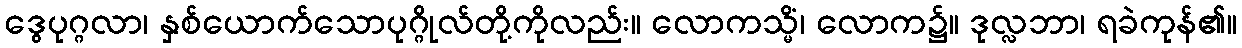
ဒွေပုဂ္ဂလာ၊ နှစ်ယောက်သောပုဂ္ဂိုလ်တို့ကိုလည်း။ လောကသ္မိံ၊ လောက၌။ ဒုလ္လဘာ၊ ရခဲကုန်၏။